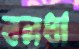
বলধা